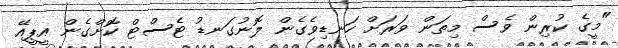
"މީގެ ކުރިން ވެސް މިތަން ވަރަށް ހަނޑިވެގެން ލޮނުގަނޑު ޓެސްޓް ކޮށްގެން އީޕީއޭ